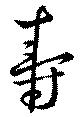
壽